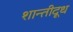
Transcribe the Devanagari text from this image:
शान्तीदूध